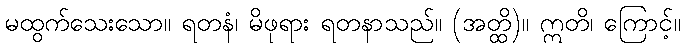
မထွက်သေးသော။ ရတနံ၊ မိဖုရား ရတနာသည်။ (အတ္ထိ)။ ဣတိ၊ ကြောင့်။